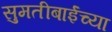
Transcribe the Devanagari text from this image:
सुमतीबाईंच्या